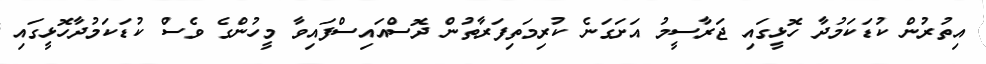
އިތުރުން ކުޑަކަމުދާ ހޮޅީގައި ޖަރާސީމު އަށަގަނެ ކުރިމަތިފަރާތުން ދޮސްއައިސްފައިވާ މީހުންގެ ވެސް ކުޑަކަމުދާހޮޅީގައި